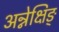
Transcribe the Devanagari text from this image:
अन्नेक्षिङ्